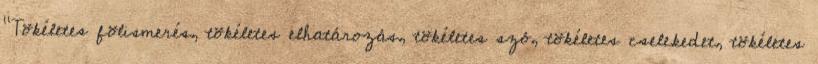
"Tökéletes fölismerés, tökéletes elhatározás, tökéletes szó, tökéletes cselekedet, tökéletes